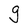
Character: g